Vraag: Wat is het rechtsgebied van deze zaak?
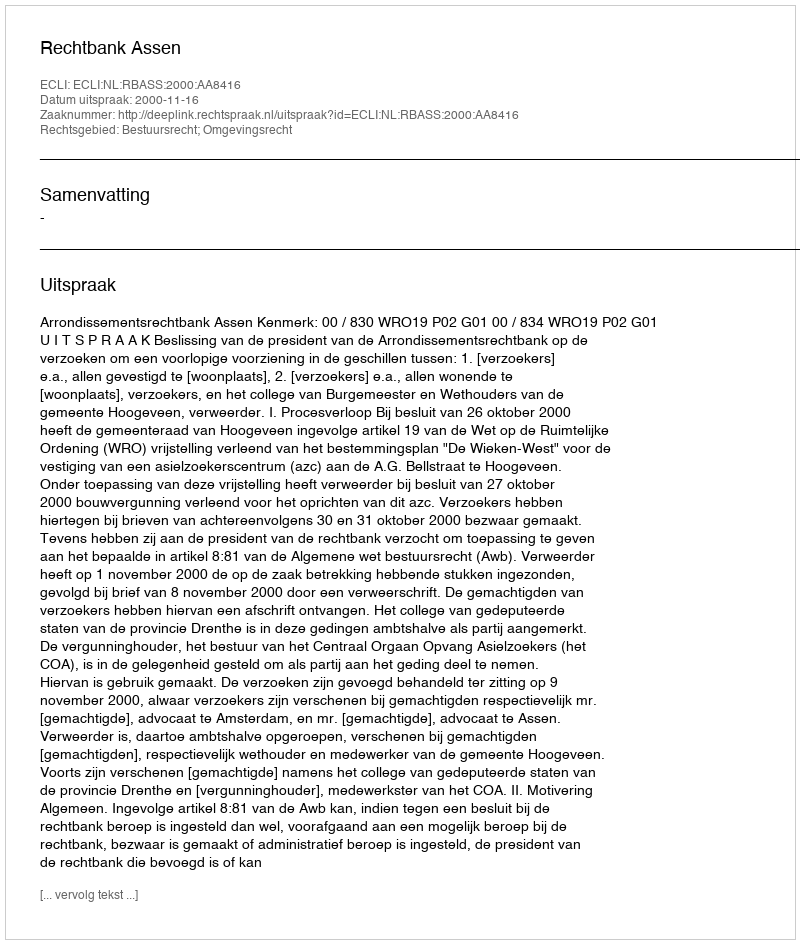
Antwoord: Bestuursrecht; Omgevingsrecht